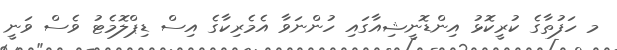
މ ހަފުތާގެ ކުރީކޮޅު އިންޑޮނީޝިއާގައި ހުންނަވާ އެމެރިކާގެ އިސް ޑިޕްލޮމެޓު ވެސް ވަނީ